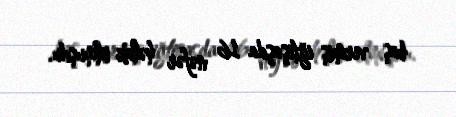
baş vermiş iğtişaşda 16 nəfər həlak olmuşdu.